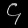
Digit: ၄